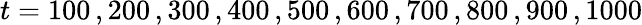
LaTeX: t=100\, ,200\, ,300\, ,400\, ,500\, ,600\, ,700\, ,800\, ,900\, ,1000